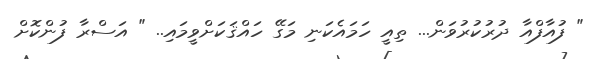
" ފުއާފްއާ ދުރުކުރުވަން... ތިއީ ހަމައެކަނި މަގޭ ހައްޤަކަށްވީމައި.. " އަސްރާ ފުންކޮށް